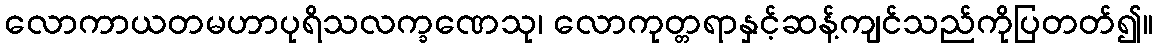
လောကာယတမဟာပုရိသလက္ခဏေသု၊ လောကုတ္တရာနှင့်ဆန့်ကျင်သည်ကိုပြတတ်၍။